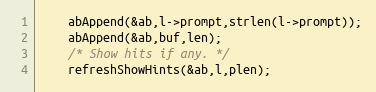
Language: C
    abAppend(&ab,l->prompt,strlen(l->prompt));
    abAppend(&ab,buf,len);
    /* Show hits if any. */
    refreshShowHints(&ab,l,plen);